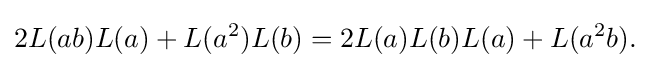
\displaystyle {2L(ab)L(a)+L(a^{2})L(b)=2L(a)L(b)L(a)+L(a^{2}b).}